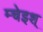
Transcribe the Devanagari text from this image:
म्चेइश्